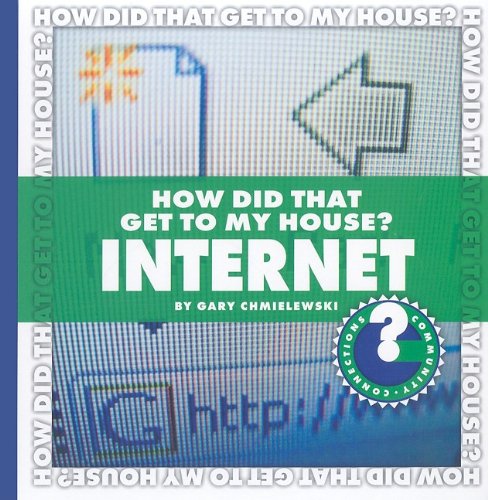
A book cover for How Did That Get to My House? Internet (Community Connections); Gary T. Chmielewski; Children's Books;